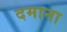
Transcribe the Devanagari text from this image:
दमाना